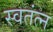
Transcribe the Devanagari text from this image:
स्वतंत्न